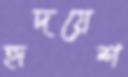
হৃদয়েশ